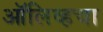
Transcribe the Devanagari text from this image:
ऑलिव्हचा